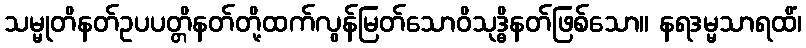
သမ္မုတိနတ်ဥပပတ္တိနတ်တို့ထက်လွန်မြတ်သောဝိသုဒ္ဓိနတ်ဖြစ်သော။ နရဒမ္မသာရထိံ၊